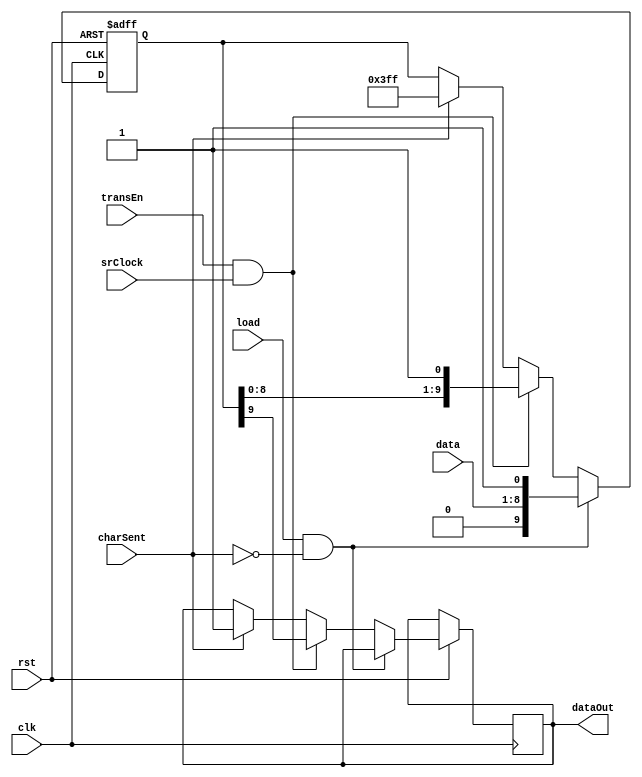
module P2S (rst, srClock, data, load, dataOut, transEn, clk, charSent);
	input rst, srClock,load, transEn, clk, charSent;
	input [7:0]  data;
	output reg dataOut;
    reg [9:0] buffer;
	
	
	//assign dataOut = buffer[9];
	initial begin 
		dataOut = 1'b1;
		buffer <= 10'b1111111111;
	end
	
	always @(posedge clk or negedge rst) begin
		 if (!rst) 
			 begin
				 buffer <= 10'b0;
			 end
		 else if (load && !charSent) 
			begin
				buffer <= {1'b0, data, 1'b1};
			end
		else if(transEn && srClock)
			begin
				dataOut <= buffer[9];
				buffer <= { buffer[8:0], 1'b1};
			end
		else if(charSent) 
			begin
				dataOut <= 1;
				buffer <= 10'b1111111111;
			end
		else
			begin 
				dataOut <= dataOut;
				buffer <= buffer;
			
			end
	end
			
endmodule